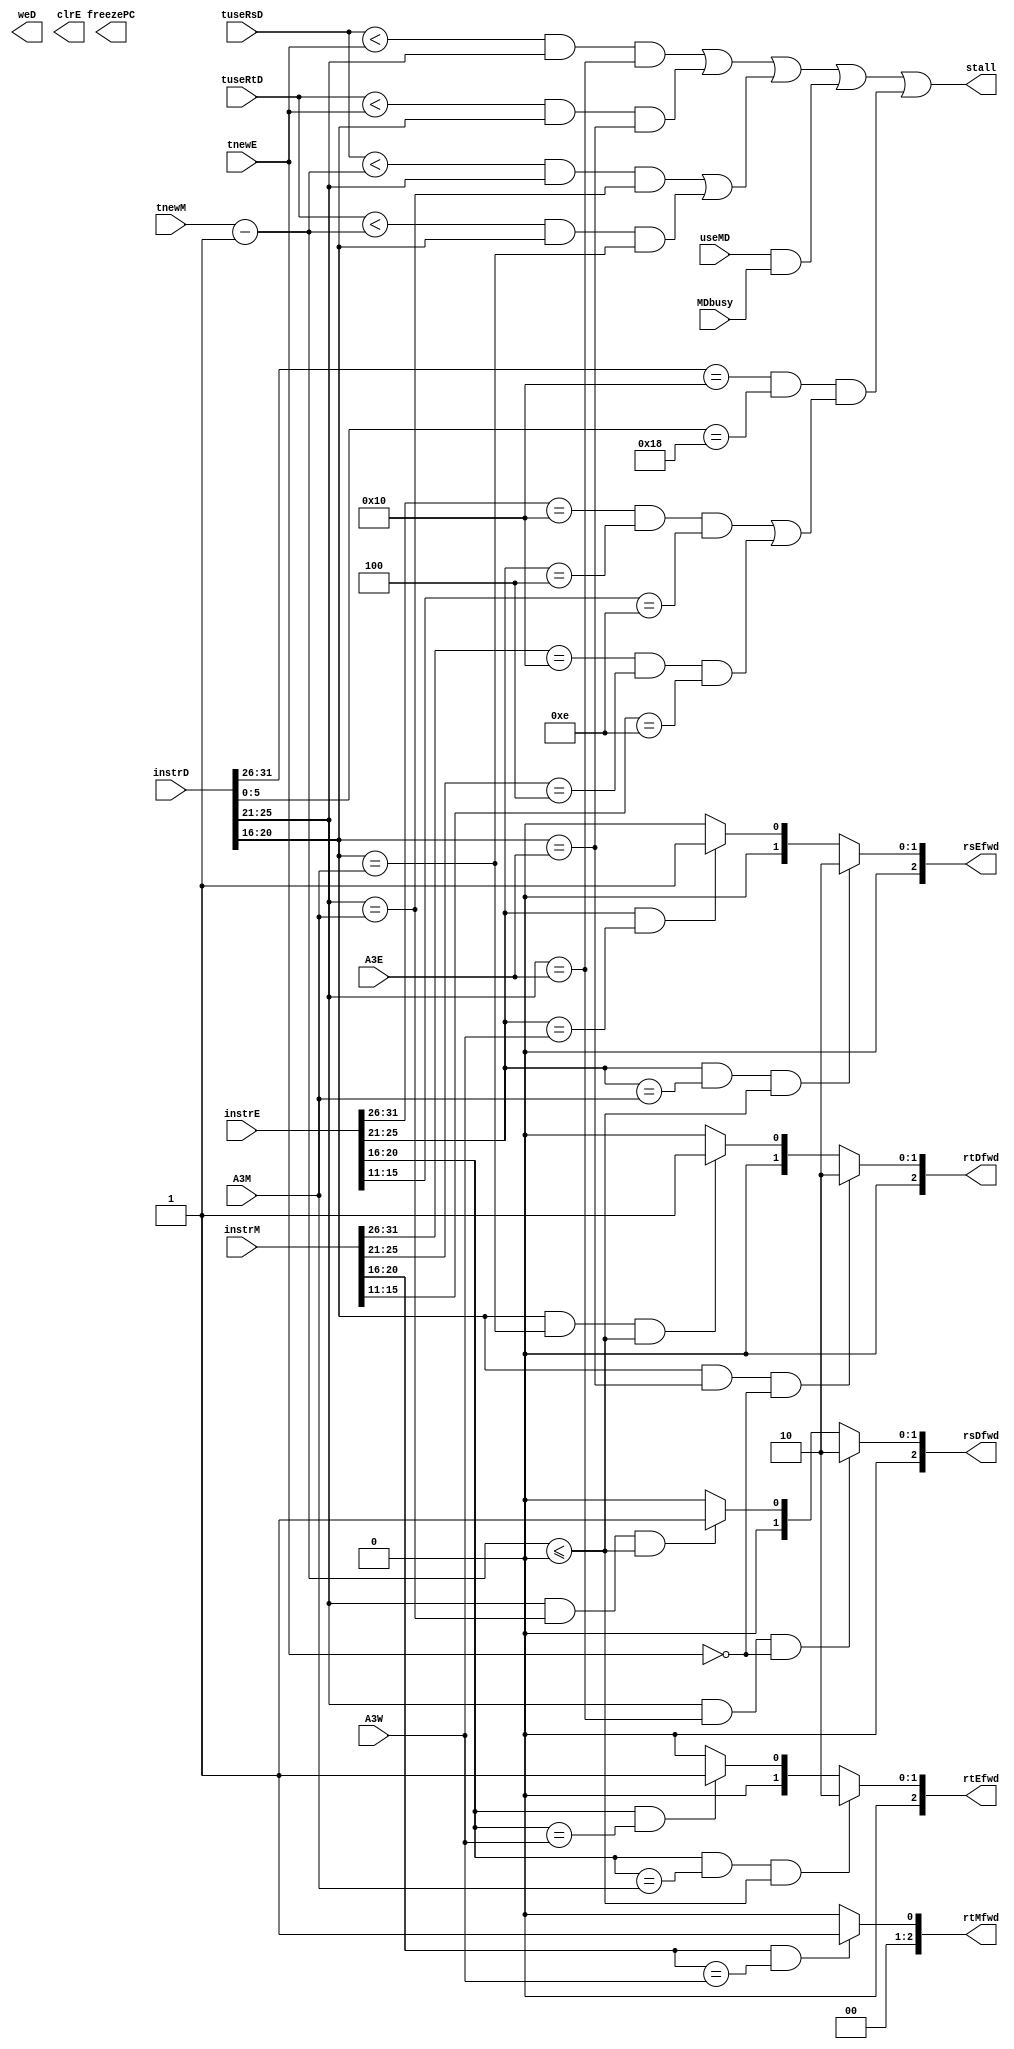
`timescale 1ns / 1ps
//////////////////////////////////////////////////////////////////////////////////
// Company: 
// Engineer: 
// 
// Design Name: 
// Module Name:    Crush 
// Project Name: 
// Target Devices: 
// Tool versions: 
// Description: 
//
// Dependencies: 
//
// Revision: 
// Revision 0.01 - File Created
// Additional Comments: 
//
//////////////////////////////////////////////////////////////////////////////////
module Crush(
	input [2:0] tuseRsD,
	input [2:0] tuseRtD,
	input [2:0] tnewE,
	input [2:0] tnewM,
	input [31:0] instrD,
	input [31:0] instrE,
	input [31:0] instrM,
	input [4:0] A3E,
	input [4:0] A3M,
	input [4:0] A3W,
	input useMD,
	input MDbusy,
	output reg weD,
	output reg clrE,
	output reg freezePC,
	output reg stall,
	output reg [2:0] rsDfwd,
	output reg [2:0] rtDfwd,
	output reg [2:0] rsEfwd,
	output reg [2:0] rtEfwd,
	output reg [2:0] rtMfwd
    );
	 
	reg stallE,stallM,stall_eret;
	reg [4:0] rsD,rtD,rsE,rtE,rtM,rdE,rdM;
	reg eretD,mtc0E,mtc0M;
	
	always@(*)begin
		rsD=instrD[25:21];
		rtD=instrD[20:16];
		rsE=instrE[25:21];
		rtE=instrE[20:16];
		rtM=instrM[20:16];
		rdE=instrE[15:11];
		rdM=instrM[15:11];
		
		eretD=(instrD[31:26]==6'b010000&&instrD[5:0]==6'b011000);
		mtc0E=(instrE[31:26]==6'b010000&&instrE[25:21]==5'b00100);
		mtc0M=(instrM[31:26]==6'b010000&&instrM[25:21]==5'b00100);
		
		rsDfwd=(rsD&&rsD==A3E&&tnewE==0)?2:
				 (rsD&&rsD==A3M&&$signed(tnewM-1)<=0)?1:0;
	
		rtDfwd=(rtD&&rtD==A3E&&tnewE==0)?2:
				 (rtD&&rtD==A3M&&$signed(tnewM-1)<=0)?1:0;
	
		rsEfwd=(rsE&&rsE==A3M&&$signed(tnewM-1)<=0)?2:
				 (rsE&&rsE==A3W)?1:0;
					  
		rtEfwd=(rtE&&rtE==A3M&&$signed(tnewM-1)<=0)?2:
				 (rtE&&rtE==A3W)?1:0;
					  
		rtMfwd=(rtM&&rtM==A3W)?1:0;
	
		stallE=($signed(tuseRsD)<$signed(tnewE)&&rsD&&rsD==A3E)||
				 ($signed(tuseRtD)<$signed(tnewE)&&rtD&&rtD==A3E);
					
		stallM=($signed(tuseRsD)<$signed(tnewM-1)&&rsD&&rsD==A3M)||
				 ($signed(tuseRtD)<$signed(tnewM-1)&&rtD&&rtD==A3M);
				 
		stall_eret=eretD && ( (mtc0E&&(rdE==14)) || (mtc0M&&(rdM==14)) );
				 
		stall=stallE | stallM | (useMD&MDbusy) | stall_eret;
	end
endmodule